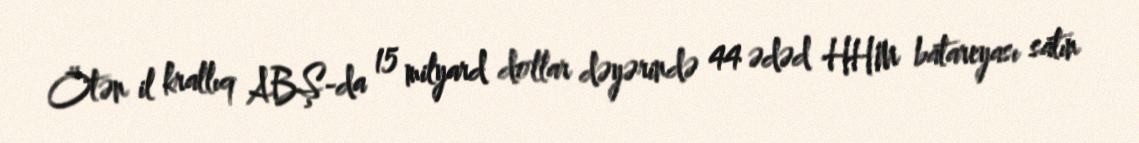
Ötən il krallıq ABŞ-da 15 milyard dollar dəyərində 44 ədəd HHM batareyası satın